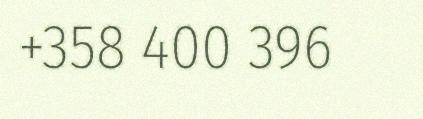
+358 400 396